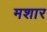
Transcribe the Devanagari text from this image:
मशार